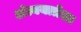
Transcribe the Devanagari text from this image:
अंत्ययात्रेला